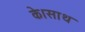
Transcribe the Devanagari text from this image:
के।साथ